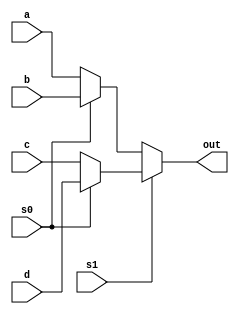
`timescale 1ns / 1ps
//////////////////////////////////////////////////////////////////////////////////
// Company: 
// Engineer: 
// 
// Design Name: 
// Module Name: multiplexer
// Project Name: 
// Target Devices: 
// Tool Versions: 
// Description: 
// 
// Dependencies: 
// 
// Revision:
// Revision 0.01 - File Created
// Additional Comments:
// 
//////////////////////////////////////////////////////////////////////////////////


module multiplexer(input a, 
input b, 
input c, 
input d, 
input s0, s1,
output out); 


 assign out = s1 ? (s0 ? d : c) : (s0 ? b : a); 

endmodule